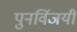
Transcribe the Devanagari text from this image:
पुनर्विजयी